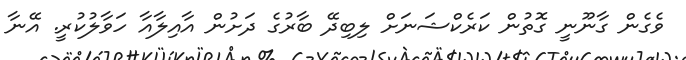
ވެގެން ގާނޫނީ ގޮތުން ކަރެކްޝަނަށް ލިބިދޭ ބާރުގެ ދަށުން އާއިލާއާ ހަވާލުކުރީ. އޭނާ